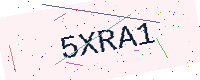
Text: 5XRA1